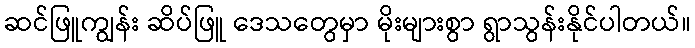
ဆင်ဖြူကျွန်း ဆိပ်ဖြူ ဒေသတွေမှာ မိုးများစွာ ရွာသွန်းနိုင်ပါတယ်။